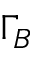
\Gamma _ { B }